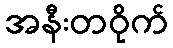
အနီးတဝိုက်